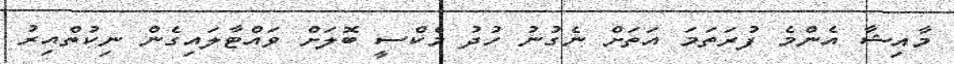
މާއިޝާ އެންމެ ފުރަތަމަ އަތަށް ނެގުނު ހުދު މެކްސީ ބޮލަށް ވައްޓާލައިގެން ނިކުތްއިރު